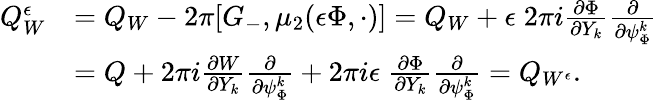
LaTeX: \begin{array}{rl}{Q_{W}^{\epsilon}}&{=Q_{W}-2\pi[G_{-},\mu_{2}({\epsilon}\Phi,\cdot)]=Q_{W}+{\epsilon}\; 2\pi i\frac{\partial\Phi}{\partial Y_{k}}\frac{\partial}{\partial\psi_{\Phi}^{k}}}\\ &{=Q+2\pi i\frac{\partial W}{\partial Y_{k}}\frac{\partial}{\partial\psi_{\Phi}^{k}}+2\pi i{\epsilon}\; \frac{\partial\Phi}{\partial Y_{k}}\frac{\partial}{\partial\psi_{\Phi}^{k}}=Q_{W^{\epsilon}}.}\end{array}